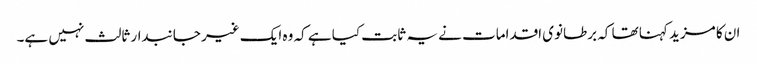
ان کا مزید کہنا تھا کہ برطانوی اقدامات نے یہ ثابت کیا ہے کہ وہ ایک غیر جانبدار ثالث نہیں ہے۔